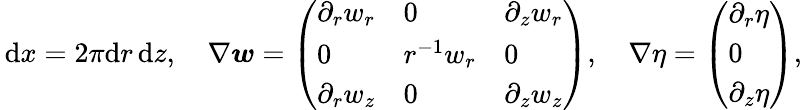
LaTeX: \begin{array}{r}{\, \mathrm{d}x=2\pi\mathrm{d}r\, \mathrm{d}z,\quad\nabla\boldsymbol{w}=\left(\begin{array}{lll}{\partial_{r}w_{r}}&{0}&{\partial_{z}w_{r}}\\ {0}&{r^{-1}w_{r}}&{0}\\ {\partial_{r}w_{z}}&{0}&{\partial_{z}w_{z}}\end{array}\right),\quad\nabla\eta=\left(\begin{array}{l}{\partial_{r}\eta}\\ {0}\\ {\partial_{z}\eta}\end{array}\right),}\end{array}